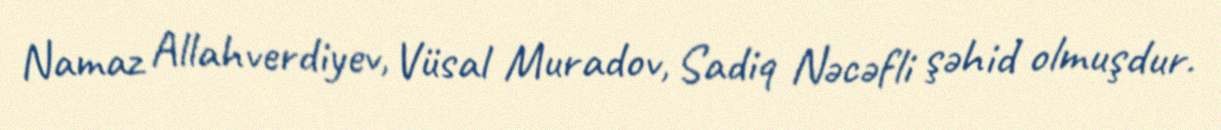
Namaz Allahverdiyev, Vüsal Muradov, Sadiq Nəcəfli şəhid olmuşdur.